system: You are a helpful assistant.
user:
Analyze the provided spectrum to determine if it is a **"Cataclysmic Variables (CV)"**.

- **Key Indicators for CV (Check for either state):**
    - **State 1: Quiescent / Low-State (Emission-Dominated)**
        - **(Primary):** Strong and *very broad* Hydrogen Balmer emission lines (e.g., $H\alpha$ at 6563 Å, $H\beta$ at 4861 Å). The 'broadness' (high velocity dispersion, often FWHM > 1000 km/s) is the key diagnostic, indicating a high-velocity accretion disk.
        - **(Secondary):** Broad neutral Helium (He I) emission lines (e.g., 5876 Å, 6678 Å).
        - **(Key Confirmation):** Presence of high-excitation *ionized* Helium (He II) emission at 4686 Å. This is a strong indicator of accretion onto a white dwarf.
        - **(Line Profile):** Emission lines may exhibit a 'double-peaked' profile, which is a classic signature of a rotating accretion disk viewed at high inclination.

    - **State 2: Outburst / High-State (Absorption-Dominated)**
        - **(Primary):** Spectrum is dominated by a bright, blue continuum (looks like a hot star).
        - **(Secondary):** The emission lines from State 1 are weak, absent, or 'filled in', and are replaced by broad, shallow *absorption* lines (primarily Balmer and He I).
        - **(Morphology):** The overall spectrum mimics a hot B/A-type star. The crucial difference is that the absorption lines are significantly broader, shallower, and more 'washed-out' (or 'smeared') than the sharp lines of a normal stellar photosphere, due to high rotational speeds and pressure broadening in the disk.

Think first, call **spectral_visualization_tool** if needed to examine features in detail, then provide your final answer. Your response must adhere to the following strict rules:
1.  **Overall Structure:** Your response must follow the format `<think>...</think> <tool_call>...</tool_call> (if a tool is used) <answer>...</answer>`.
2.  **Tool Usage Constraint:** You may only make **one** tool call per turn.
3.  **Final Answer Format:** In the `<answer>` tag, your conclusion must be inside a `\boxed{}` command (e.g., `\boxed{YES}`), followed by your justification.

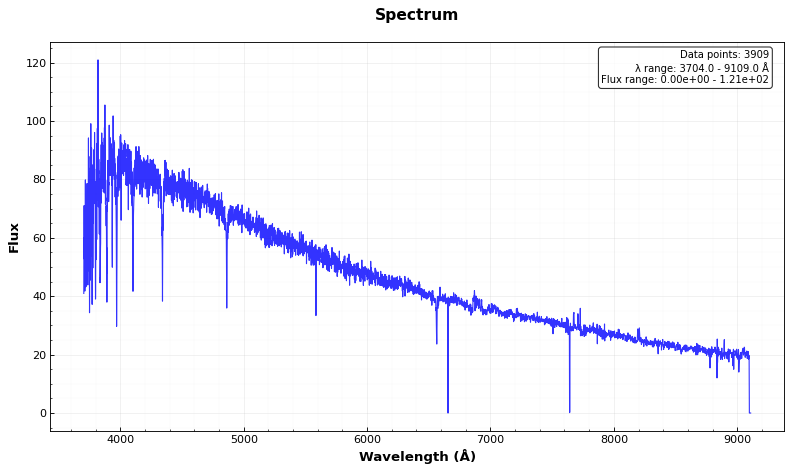
Answer: NO